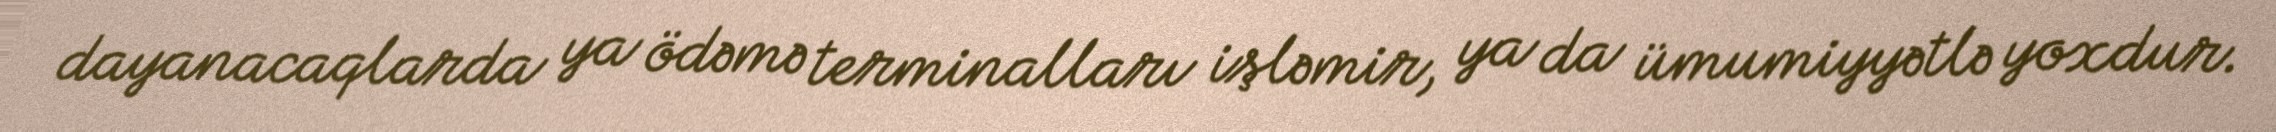
dayanacaqlarda ya ödəmə terminalları işləmir, ya da ümumiyyətlə yoxdur.